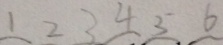
1 2 3 4 5 6